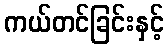
ကယ်တင်ခြင်းနှင့်